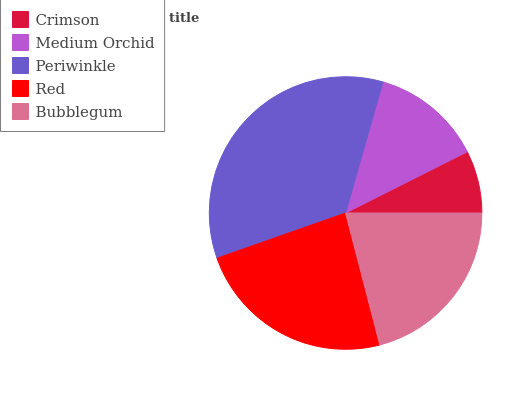
| Crimson | Medium Orchid | Periwinkle | Red | Bubblegum |
 | --- | --- | --- | --- | --- |
 | 7.41% | 13.1% | 34.8% | 23.7% | 21% |